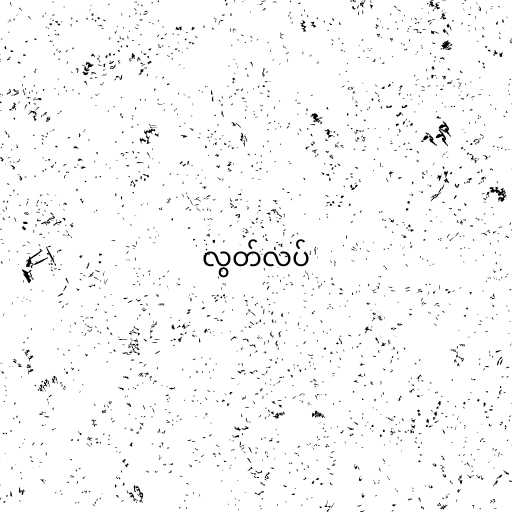
လွတ်လပ်